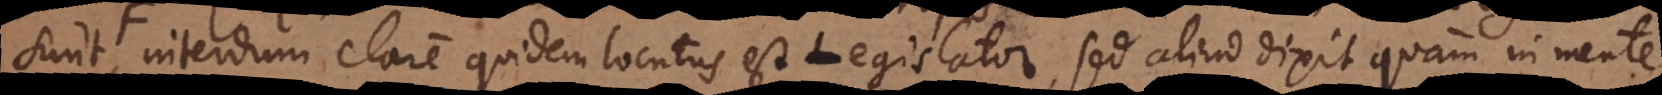
interdum clare quidem locutus est Legislator, sed aliud dixit quam in mente